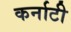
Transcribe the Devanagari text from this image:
कर्नाटी